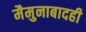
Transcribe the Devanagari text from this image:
मैमुनाबादही